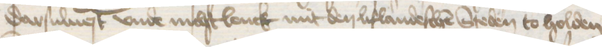
darsulnest vnde nichtlenck mit den lifandeschen Steden to holden